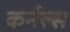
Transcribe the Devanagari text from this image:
कर्नल्‍स